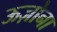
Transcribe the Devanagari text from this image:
ऊज़ोना